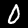
Digit: 0